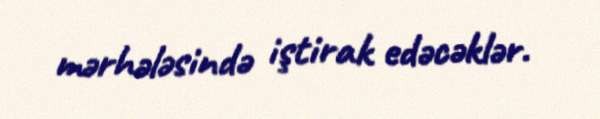
mərhələsində iştirak edəcəklər.